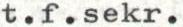
t.f.sekr.